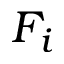
F _ { i }